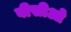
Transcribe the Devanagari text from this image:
वीसीओ